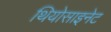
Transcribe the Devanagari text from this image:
थियोसाइनेट